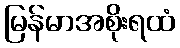
မြန်မာအစိုးရထံ